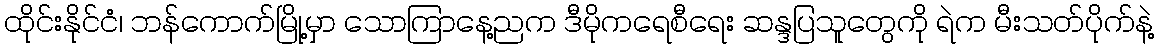
ထိုင်းနိုင်ငံ၊ ဘန်ကောက်မြို့မှာ သောကြာနေ့ညက ဒီမိုကရေစီရေး ဆန္ဒပြသူတွေကို ရဲက မီးသတ်ပိုက်နဲ့